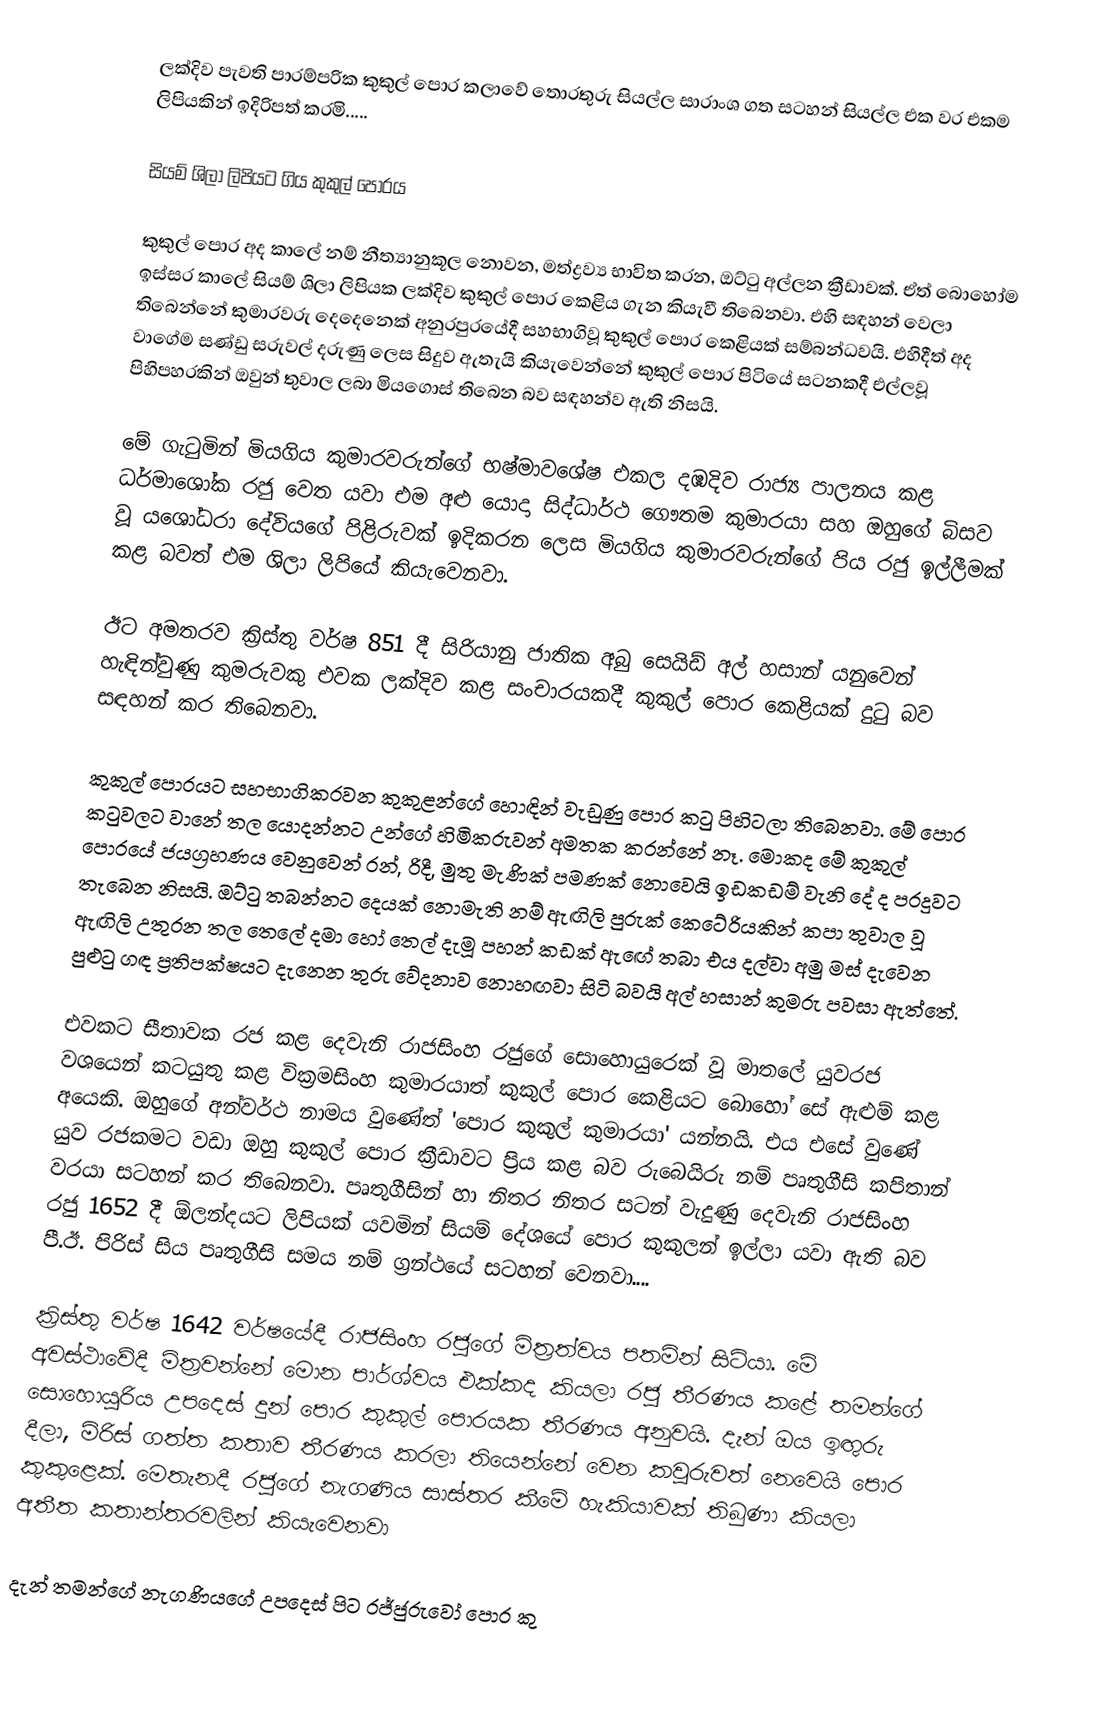
ලක්දිව පැවති පාරම්පරික කුකුල් පොර කලාවේ තොරතුරු සියල්ල සාරාංශ ගත සටහන් සියල්ල එක වර එකම ලිපියකින් ඉදිරිපත් කරමි.....

සියම් ශිලා ලිපියට ගිය කුකුල් පොරය

කුකුල් පොර අද කාලේ නම් නීත්‍යානුකූල නොවන, මත්ද්‍රව්‍ය භාවිත කරන, ඔට්ටු අල්ලන ක්‍රීඩාවක්. ඒත් බොහෝම ඉස්සර කාලේ සියම් ශිලා ලිපියක ලක්දිව කුකුල් පොර කෙළිය ගැන කියැවී තිබෙනවා. එහි සඳහන් වෙලා තිබෙන්නේ කුමාරවරු දෙදෙනෙක් අනුරපුරයේදී සහභාගිවූ කුකුල් පොර කෙළියක් සම්බන්ධවයි. එහිදීත් අද වාගේම සණ්ඩු සරුවල් දරුණු ලෙස සිදුව ඇතැයි කියැවෙන්නේ කුකුල් පොර පිටියේ සටනකදී එල්ලවූ පිහිපහරකින් ඔවුන් තුවාල ලබා මියගොස් තිබෙන බව සඳහන්ව ඇති නිසයි.

මේ ගැටුමින් මියගිය කුමාරවරුන්ගේ භෂ්මාවශේෂ එකල දඹදිව රාජ්‍ය පාලනය කළ ධර්මාශෝක රජු වෙත යවා එම අළු යොදා සිද්ධාර්ථ ගෞතම කුමාරයා සහ ඔහුගේ බිසව වූ යශෝධරා දේවියගේ පිළිරුවක් ඉදිකරන ලෙස මියගිය කුමාරවරුන්ගේ පිය රජු ඉල්ලීමක් කළ බවත් එම ශිලා ලිපියේ කියැවෙනවා.

ඊට අමතරව ක්‍රිස්තු වර්ෂ 851 දී සිරියානු ජාතික අබු සෙයිඩ් අල් හසාන් යනුවෙන් හැඳින්වුණු කුමරුවකු එවක ලක්දිව කළ සංචාරයකදී කුකුල් පොර කෙළියක් දුටු බව සඳහන් කර තිබෙනවා.

කුකුල් පොරයට සහභාගිකරවන කුකුළන්ගේ හොඳින් වැඩුණු පොර කටු පිහිටලා තිබෙනවා. මේ පොර කටුවලට වානේ තල යොදන්නට උන්ගේ හිමිකරුවන් අමතක කරන්නේ නෑ. මොකද මේ කුකුල් පොරයේ ජයග්‍රහණය වෙනුවෙන් රන්, රිදී, මුතු මැණික් පමණක් නොවෙයි ඉඩකඩම් වැනි දේ ද පරදුවට තැබෙන නිසයි. ඔට්ටු තබන්නට දෙයක් නොමැති නම් ඇඟිලි පුරුක් කෙටේරියකින් කපා තුවාල වූ ඇඟිලි උතුරන තල තෙලේ දමා හෝ තෙල් දැමූ පහන් කඩක් ඇඟේ තබා එය දල්වා අමු මස් දැවෙන පුළුටු ගඳ ප්‍රතිපක්ෂයට දැනෙන තුරු වේදනාව නොහඟවා සිටි බවයි අල් හසාන් කුමරු පවසා ඇත්තේ.

එවකට සීතාවක රජ කළ දෙවැනි රාජසිංහ රජුගේ සොහොයුරෙක් වූ මාතලේ යුවරජ වශයෙන් කටයුතු කළ වික්‍රමසිංහ කුමාරයාත් කුකුල් පොර කෙළියට බොහෝ සේ ඇළුම් කළ අයෙකි. ඔහුගේ අන්වර්ථ නාමය වුණේත් 'පොර කුකුල් කුමාරයා' යන්නයි. එය එසේ වුණේ යුව රජකමට වඩා ඔහු කුකුල් පොර ක්‍රීඩාවට ප්‍රිය කළ බව රුබෙයිරු නම් පෘතුගීසි කපිතාන් වරයා සටහන් කර තිබෙනවා. පෘතුගීසින් හා නිතර නිතර සටන් වැදුණු දෙවැනි රාජසිංහ රජු 1652 දී ඕලන්දයට ලිපියක් යවමින් සියම් දේශයේ පොර කුකුලන් ඉල්ලා යවා ඇති බව පී.ඊ. පිරිස් සිය පෘතුගීසි සමය නම් ග්‍රන්ථයේ සටහන් වෙනවා....

ක්‍රිස්තු වර්ෂ 1642 වර්ෂයේදී රාජසිංහ රජුගේ මිත්‍රත්වය පතමින් සිටියා. මේ අවස්ථාවේදී මිත්‍රවන්නේ මොන පාර්ශ්වය එක්කද කියලා රජු තීරණය කළේ තමන්ගේ සොහොයුරිය උපදෙස් දුන් පොර කුකුල් පොරයක තීරණය අනුවයි. දැන් ඔය ඉඟුරු දීලා, මිරිස් ගත්ත කතාව තීරණය කරලා තියෙන්නේ වෙන කවුරුවත් නෙවෙයි පොර කුකුළෙක්. මෙතැනදී රජුගේ නැගණිය සාස්තර කීමේ හැකියාවක් තිබුණා කියලා අතීත කතාන්තරවලින් කියැවෙනවා

දැන් තමන්ගේ නැගණියගේ උපදෙස් පිට රජ්ජුරුවෝ පොර කු